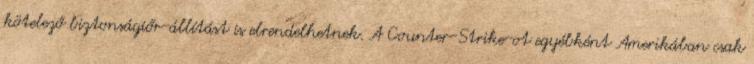
kötelező biztonságiőr-állítást is elrendelhetnek. A Counter-Strike-ot egyébként Amerikában csak